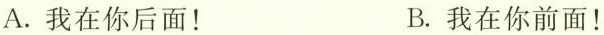
A.我在你后面！ B.我在你前面！